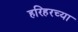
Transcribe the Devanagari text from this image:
हरिहरच्या